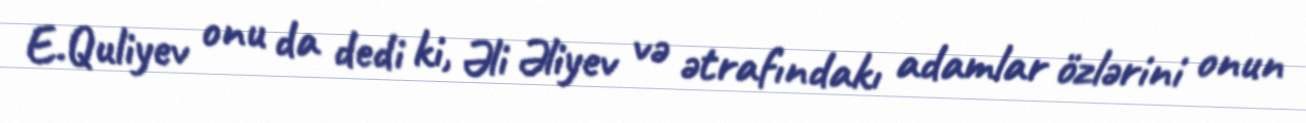
E.Quliyev onu da dedi ki, Əli Əliyev və ətrafındakı adamlar özlərini onun